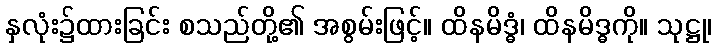
နှလုံး၌ထားခြင်း စသည်တို့၏ အစွမ်းဖြင့်။ ထိနမိဒ္ဓံ၊ ထိနမိဒ္ဓကို။ သုဋ္ဌု၊